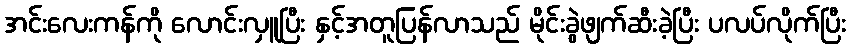
အင်းလေးကန်ကို လောင်းလှူပြီး နှင့်အတူပြန်လာသည် မိုင်းခွဲဖျက်ဆီးခဲ့ပြီး ပလပ်လိုက်ပြီး